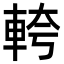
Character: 𮝎